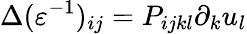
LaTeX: \Delta(\varepsilon^{-1})_{ij}=P_{ijkl}\partial_{k}u_{l}